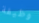
وظيفة